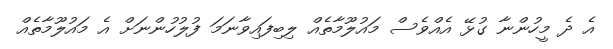
އެ ދެ މީހުންނާ ގުޅޭ އެއްވެސް މައުލޫމާތެއް ލިބިފައިވާނަމަ ފުލުހުންނަށް އެ މައުލޫމާތެއް